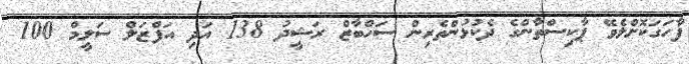
ފާހަގަކޮށްލެވޭ ޕާކިސްތާންގެ ދެކުޅުންތެރިން ސަހްބާޒް ރަޝީދު 138 އަދި އަފްޒަލް ސަލީމް 100